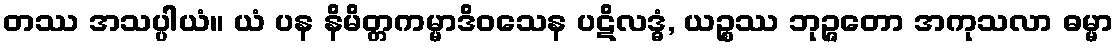
တဿ အသပ္ပါယံ။ ယံ ပန နိမိတ္တကမ္မာဒိဝသေန ပဋိလဒ္ဓံ, ယဉ္စဿ ဘုဉ္ဇတော အကုသလာ ဓမ္မာ